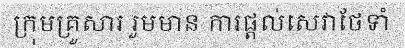
ក្រុមគ្រួសារ រួមមាន ការផ្តល់សេវាថែទាំ